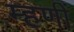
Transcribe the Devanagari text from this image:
म्हणीं